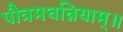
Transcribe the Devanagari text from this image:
पौत्रमघन्नियाम्॥